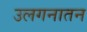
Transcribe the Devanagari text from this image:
उलगनातन